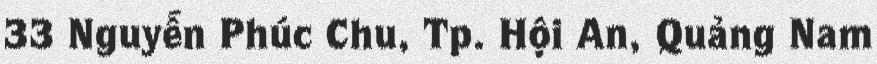
33 Nguyễn Phúc Chu, Tp. Hội An, Quảng Nam